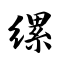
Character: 缧